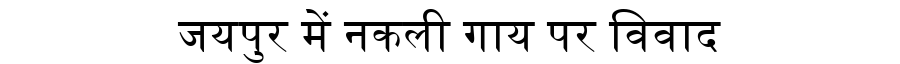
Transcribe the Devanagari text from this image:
जयपुर में नकली गाय पर विवाद